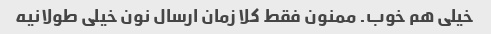
خیلی هم خوب. ممنون فقط کلا زمان ارسال نون خیلی طولانیه